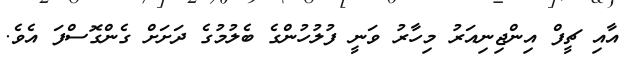
އާއި ޗީފް އިންޖިނިއަރު މިހާރު ވަނީ ފުލުހުންގެ ބެލުމުގެ ދަށަށް ގެންގޮސްފަ އެވެ.